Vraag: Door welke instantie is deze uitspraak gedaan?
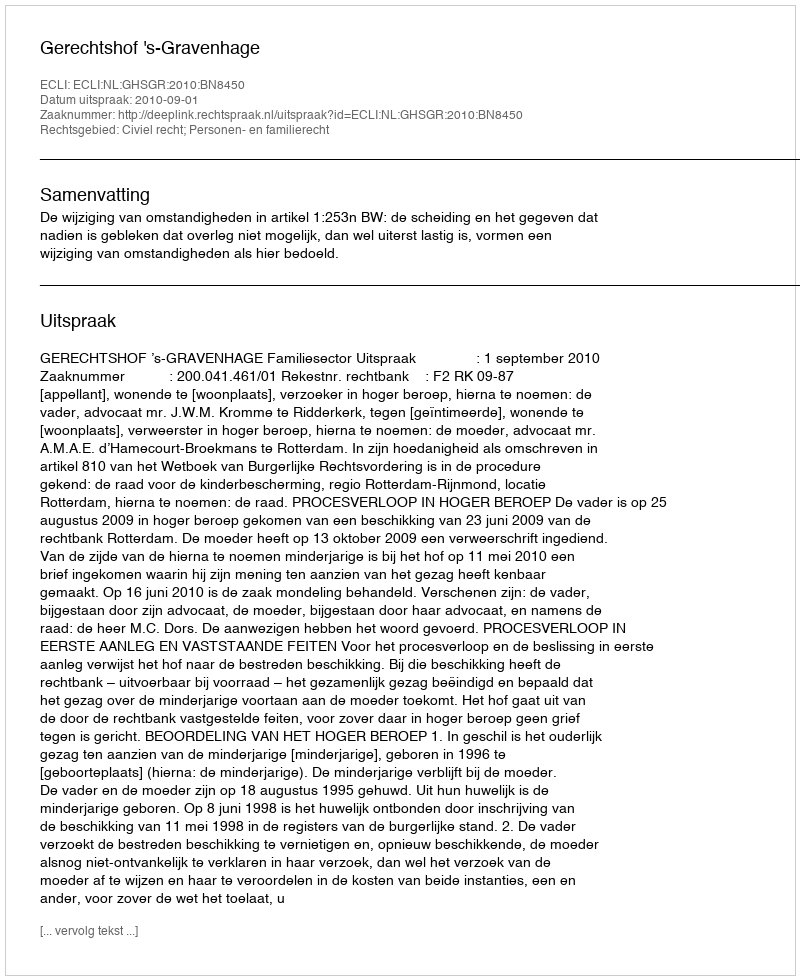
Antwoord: Gerechtshof 's-Gravenhage